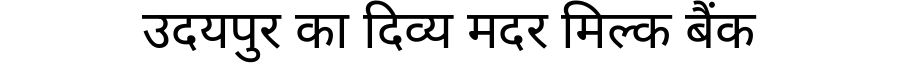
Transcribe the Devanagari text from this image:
उदयपुर का दिव्य मदर मिल्क बैंक